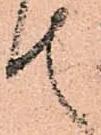
て